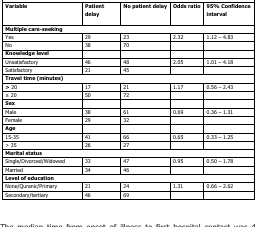
<table><thead><tr><td><b>Variable</b></td><td><b>Patient delay</b></td><td><b>No patient delay</b></td><td><b>Odds ratio</b></td><td><b>95% Confidence interval</b></td></tr></thead><tbody><tr><td colspan="5"><b>Multiple care-seeking</b></td></tr><tr><td>Yes</td><td>29</td><td>23</td><td>2.32</td><td>1.12 – 4.83</td></tr><tr><td>No</td><td>38</td><td>70</td><td></td><td></td></tr><tr><td colspan="5"><b>Knowledge level</b></td></tr><tr><td>Unsatisfactory</td><td>46</td><td>48</td><td>2.05</td><td>1.01 – 4.18</td></tr><tr><td>Satisfactory</td><td>21</td><td>45</td><td></td><td></td></tr><tr><td colspan="5"><b>Travel time (minutes)</b></td></tr><tr><td>&gt; 20</td><td>17</td><td>21</td><td>1.17</td><td>0.56 – 2.43</td></tr><tr><td>≤ 20</td><td>50</td><td>72</td><td></td><td></td></tr><tr><td colspan="5"><b>Sex</b></td></tr><tr><td>Male</td><td>38</td><td>61</td><td>0.69</td><td>0.36 – 1.31</td></tr><tr><td>Female</td><td>29</td><td>32</td><td></td><td></td></tr><tr><td colspan="5"><b>Age</b></td></tr><tr><td>15-35</td><td>41</td><td>66</td><td>0.65</td><td>0.33 – 1.25</td></tr><tr><td>&gt; 35</td><td>26</td><td>27</td><td></td><td></td></tr><tr><td colspan="5"><b>Marital status</b></td></tr><tr><td>Single/Divorced/Widowed</td><td>33</td><td>47</td><td>0.95</td><td>0.50 – 1.78</td></tr><tr><td>Married</td><td>34</td><td>46</td><td></td><td></td></tr><tr><td colspan="5"><b>Level of education</b></td></tr><tr><td>None/Quranic/Primary</td><td>21</td><td>24</td><td>1.31</td><td>0.66 – 2.62</td></tr><tr><td>Secondary/tertiary</td><td>46</td><td>69</td><td></td><td></td></tr></tbody></table>